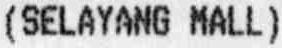
(SELAYANG MALL)